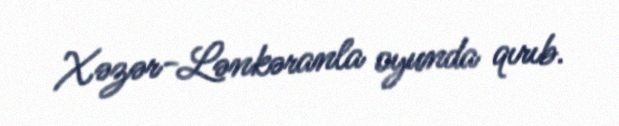
Xəzər-Lənkəranla oyunda qırıb.